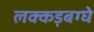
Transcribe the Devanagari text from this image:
लक्कड़बग्घे